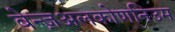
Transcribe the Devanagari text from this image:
बेन्ज़अलकोणनिउम